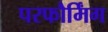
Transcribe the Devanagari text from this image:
परफौर्मिंग